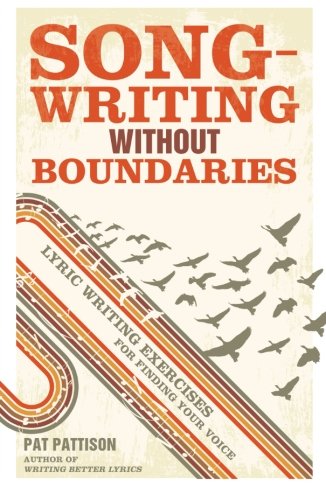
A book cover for Songwriting Without Boundaries: Lyric Writing Exercises for Finding Your Voice; Pat Pattison; Humor & Entertainment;